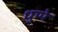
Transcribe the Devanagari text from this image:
धुप्पे